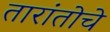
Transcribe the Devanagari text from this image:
तारांतोचे